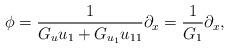
LaTeX: \begin{align*}\phi=\frac{1}{G_uu_1+G_{u_1}u_{11}}\partial_x=\frac1{G_1}\partial_x,\end{align*}